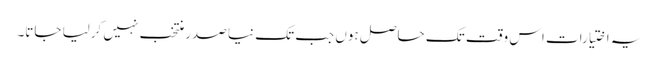
یہ اختیارات اس وقت تک حاصل ہوں جب تک نیا صدر منتخب نہیں کرلیا جاتا۔